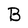
Character: B